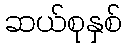
ဆယ်စုနှစ်